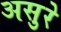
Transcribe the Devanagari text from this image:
असुरे